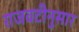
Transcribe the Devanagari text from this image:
राजवटीनुसार